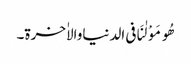
ھُومَوْلٰنَافی الدنیاوالاٰخرۃ۔